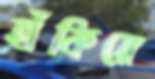
হাঁকিয়ে